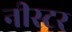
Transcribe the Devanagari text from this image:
नीस्टर